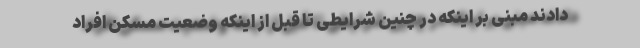
دادند مبنی بر اینکه در چنین شرایطی تا قبل از اینکه وضعیت مسکن افراد